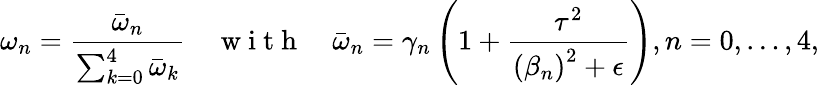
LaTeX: \omega_{n}=\frac{\bar{\omega}_{n}}{\sum_{k=0}^{4}\bar{\omega}_{k}}\quad\mathrm{~w~i~t~h~}\quad\bar{\omega}_{n}=\gamma_{n}\left(1+\frac{\tau^{2}}{\left(\beta_{n}\right)^{2}+\epsilon}\right),n=0,\dots,4,